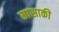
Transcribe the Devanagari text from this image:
मासाकी